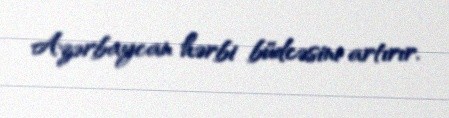
Azərbaycan hərbi büdcəsini artırır.